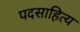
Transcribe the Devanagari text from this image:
पदसाहित्य